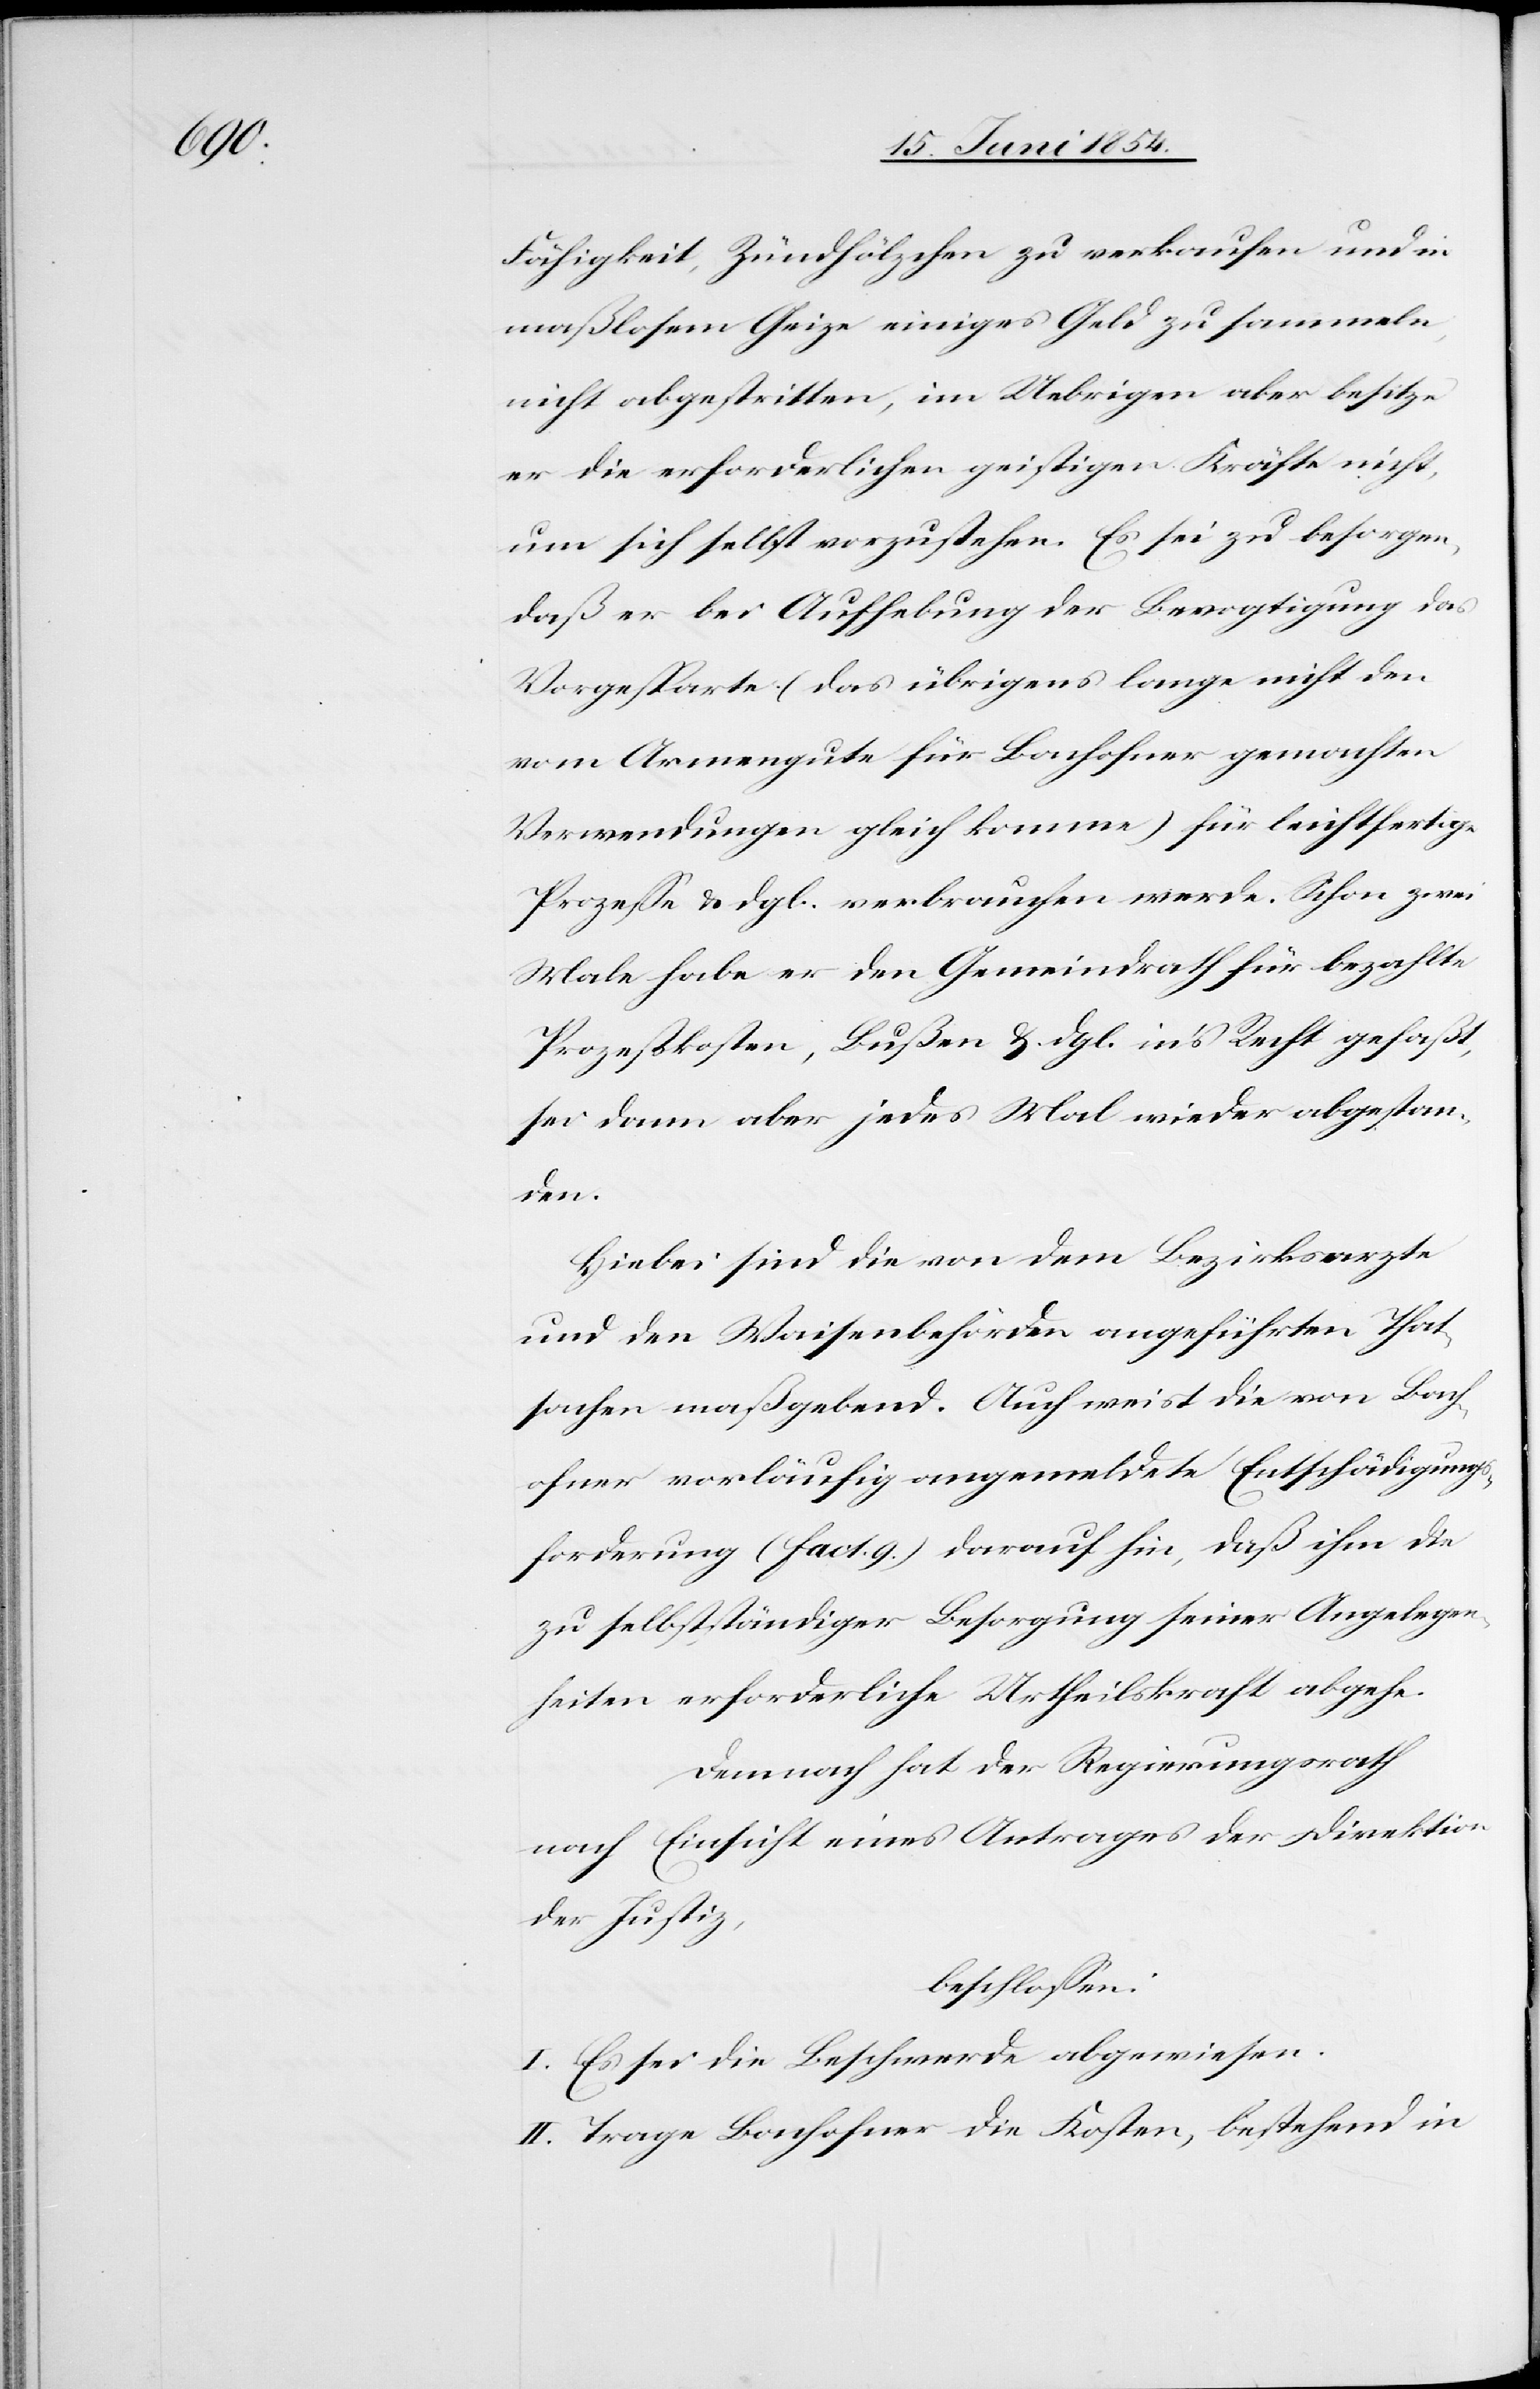
Fähigkeit, Zündhölzchen zu verkaufen und in
maßlosem Geize einiges Geld zu sammeln,
nicht abgestritten, im Uebrigen aber besitze
er die erforderlichen geistigen Kräfte nicht,
um sich selbst vorzustehen. Es sei zu besorgen,
daß er bei Aufhebung der Bevogtigung das
Vorgesparte (das übrigens lange nicht den
vom Armengute für Bachofner gemachten
Verwendungen gleich komme) für leichtfertige
Prozeße u. dgl. verbrauchen werde. Schon zwei
Male habe er den Gemeindrath für bezahlte
Prozeßkosten, Bußen u. dgl. in’s Recht gefaßt,
sei dann aber jedes Mal wieder abgestan¬
den.
Hiebei sind die von dem Bezirksarzte
und den Waisenbehörden angeführten That¬
sachen maßgebend. Auch weist die von Bach¬
ofner vorläufig angemeldete Entschädigungs¬
forderung (fact. 9.) darauf hin, daß ihm die
zu selbstständiger Besorgung seiner Angelegen¬
heiten erforderliche Urtheilskraft abgehe.
Demnach hat der Regierungsrath
nach Einsicht eines Antrages der Direktion
der Justiz,
beschloßen:
I. Es sei die Beschwerde abgewiesen.
II. Trage Bachofner die Kosten, bestehend in